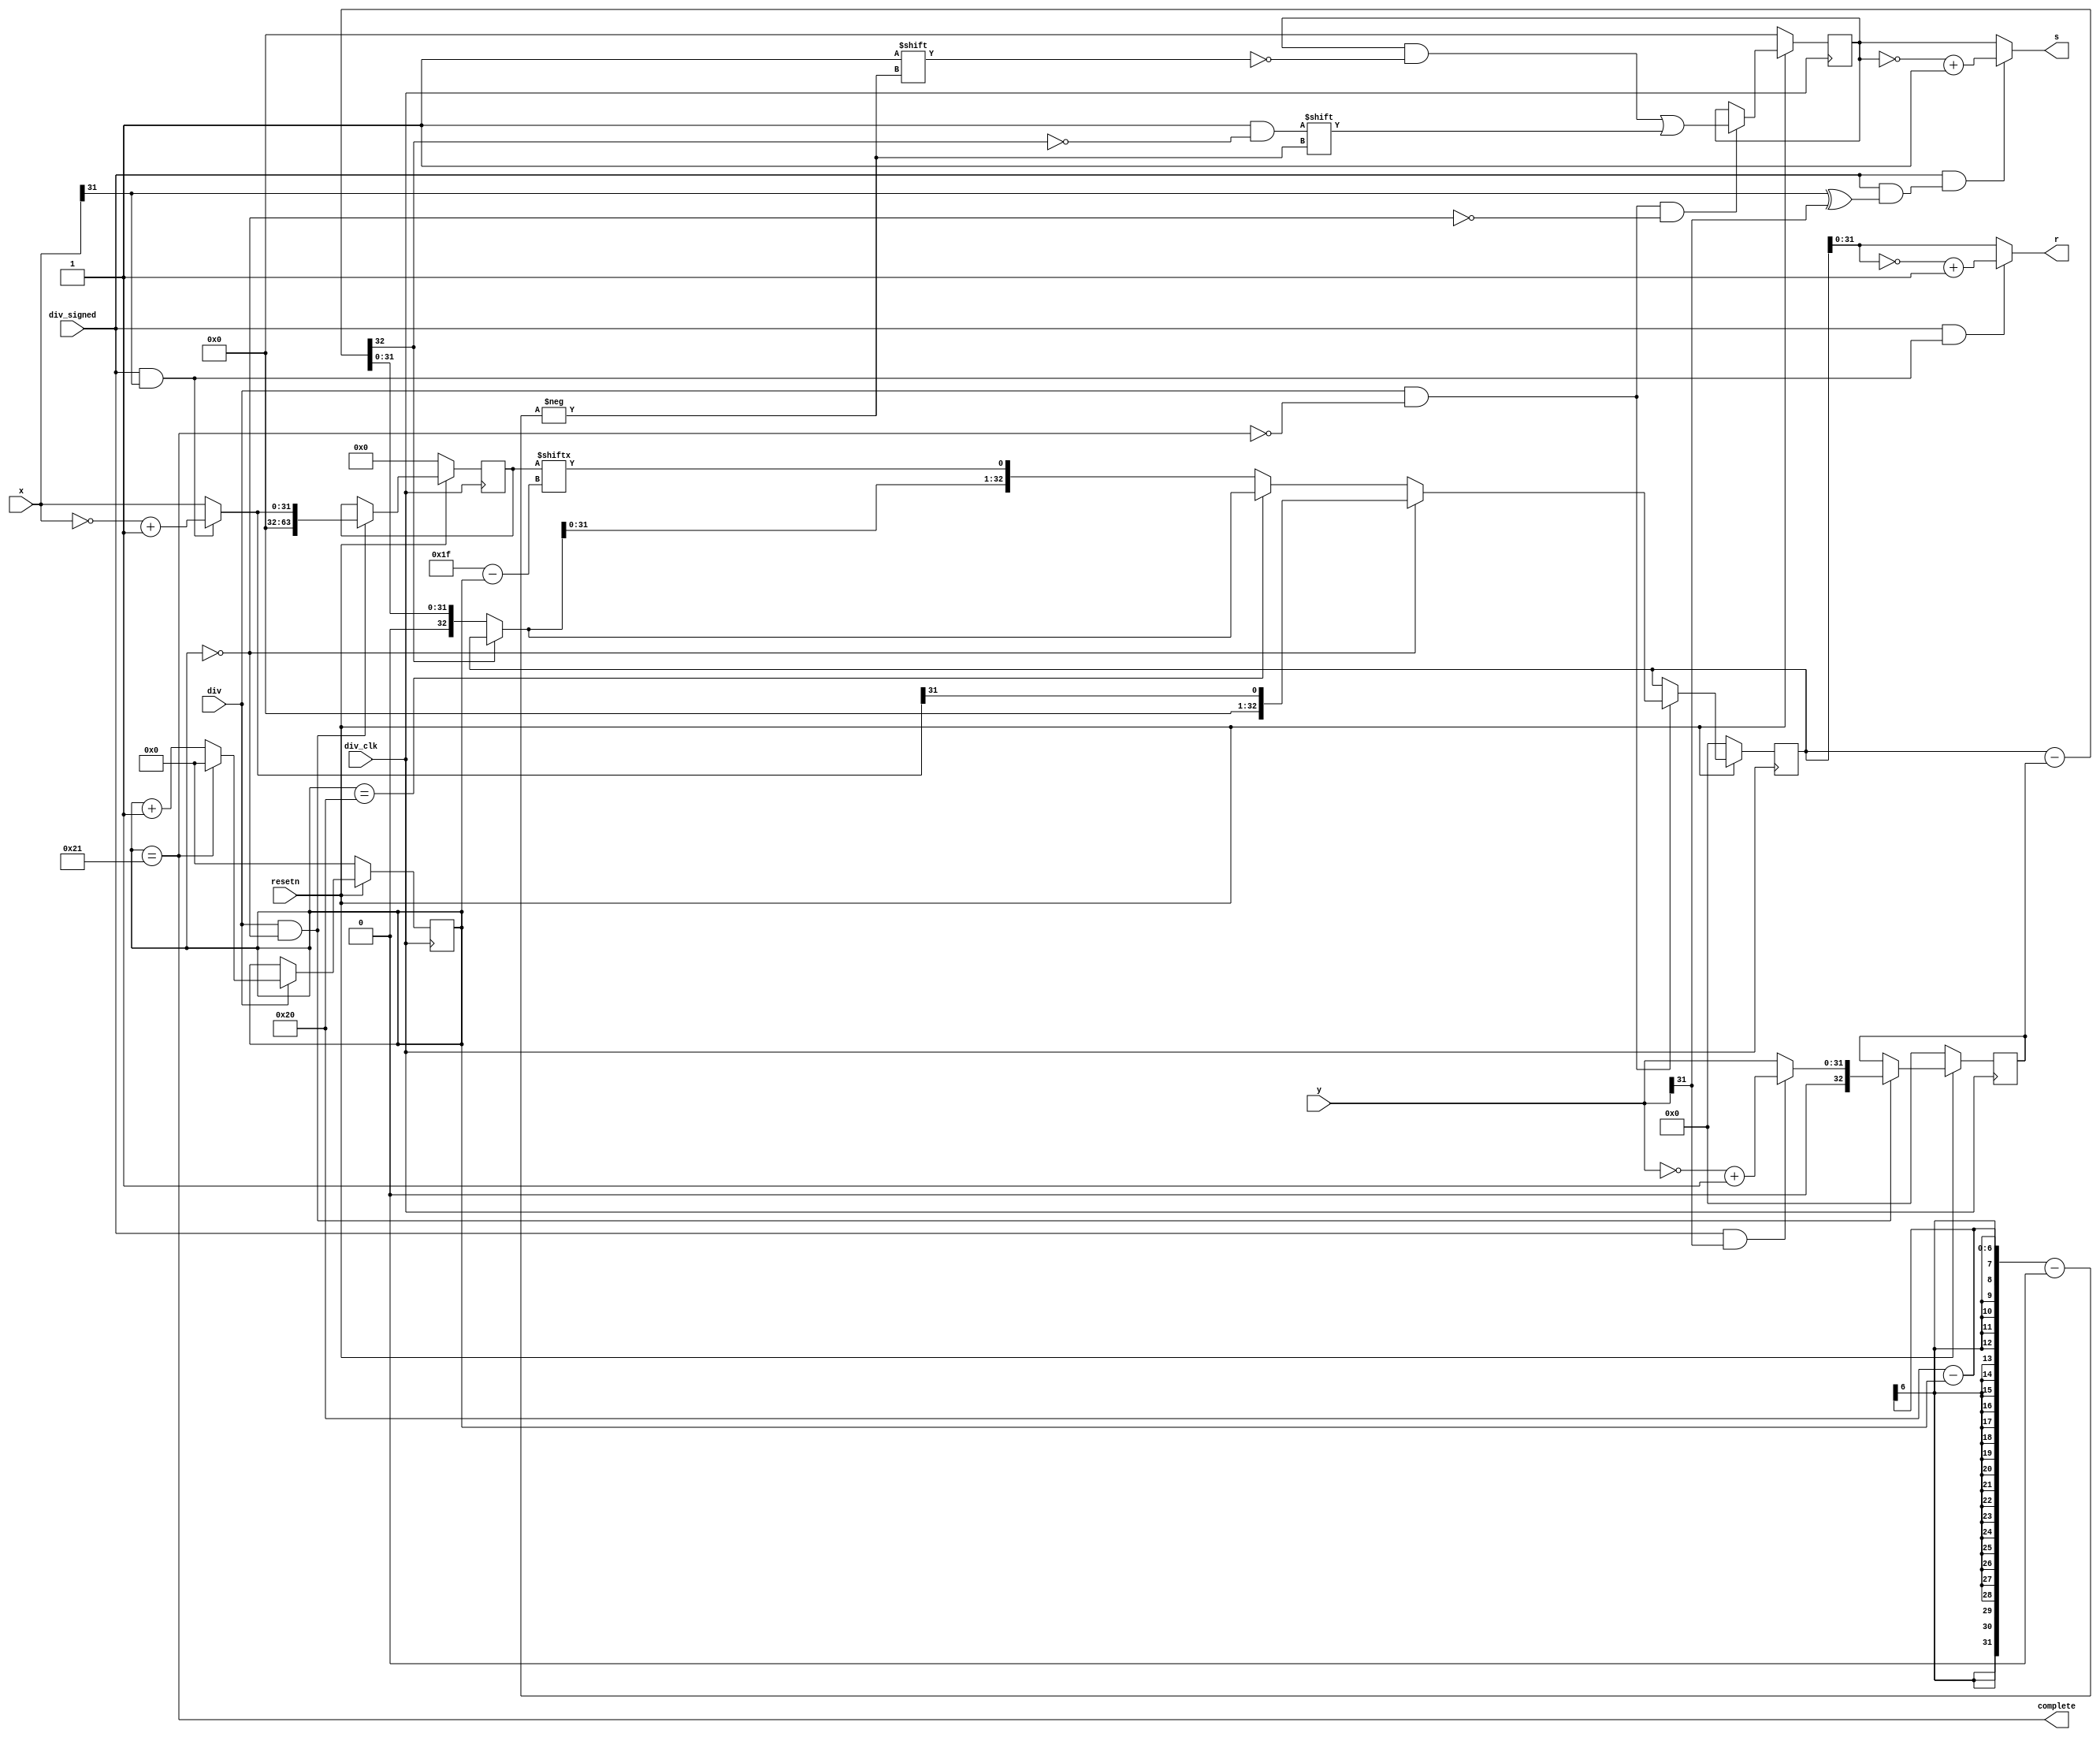
`timescale 1ns / 1ps
//////////////////////////////////////////////////////////////////////////////////
// Company: 
// Engineer: 
// 
// Design Name: 
// Module Name: divide
// Project Name: 
// Target Devices: 
// Tool Versions: 
// Description: 
// 
// Dependencies: 
// 
// Revision:
// Revision 0.01 - File Created
// Additional Comments:
// 
//////////////////////////////////////////////////////////////////////////////////


module div(
    input  wire         div_clk,
    input  wire         resetn,
    input  wire         div,
    input  wire         div_signed,
    input  wire [31:0]  x,
    input  wire [31:0]  y,
    output wire [31:0]  s,
    output wire [31:0]  r,
    output wire         complete
    );

    wire        s_sign;
    wire        r_sign;

    wire [31:0] abs_x;
    wire [31:0] abs_y;
    reg  [63:0] A;
    reg  [32:0] B;

    reg  [31:0] s_reg;
    reg  [32:0] r_reg;

    wire        start;
    reg  [ 5:0] counter;

    wire [32:0] test_div_r;
    wire [32:0] final_r;

    always @(posedge div_clk) begin
        if (~resetn)
            counter <= 6'b0;
        else if (div) begin
            if (complete)
                counter <= 6'b0;
            else
                counter <= counter + 6'b1;
        end
    end

    assign start = counter == 6'b0;
    assign complete = counter == 6'd33;

    //
    assign s_sign = div_signed & (x[31] ^ y[31]);
    assign r_sign = div_signed & x[31];
    assign abs_x = (div_signed & x[31]) ? (~x + 1'b1) : x;
    assign abs_y = (div_signed & y[31]) ? (~y + 1'b1) : y;

    //
    //AB
    always @(posedge div_clk) begin
        if (~resetn)
            A <= 64'b0;
        else if (div & start)
            A <= {32'b0, abs_x};
    end

    always @(posedge div_clk) begin
        if (~resetn)
            B <= 33'b0;
        else if (div & start)
            B <= {1'b0, abs_y};
    end

    //
    always @(posedge div_clk) begin
        if (~resetn)
            r_reg <= 33'b0;
        else if (div & ~complete) begin
            if (start)
                r_reg <= {32'b0, abs_x[31]};
            else if (counter == 6'd32)
                r_reg <= final_r;
            else
                r_reg <= {final_r[31:0], A[31 - counter]};
        end
    end

    always @(posedge div_clk) begin
        if (~resetn)
            s_reg <= 32'b0;
        else if (div & ~complete & ~start)
            s_reg[32 - counter] <= ~test_div_r[32];
    end

    assign test_div_r = r_reg - B;
    assign final_r = test_div_r[32] ? r_reg : test_div_r;


    //
    assign r = div_signed & r_sign ? (~r_reg + 1'b1) : r_reg;
    assign s = div_signed & s_sign ? (~s_reg + 1'b1) : s_reg;
    
endmodule